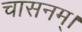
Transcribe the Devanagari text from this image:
चासनम्‌।